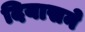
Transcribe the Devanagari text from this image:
दियासने